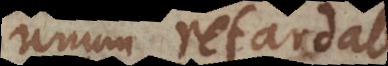
unum retardabit,